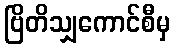
ဗြိတိသျှကောင်စီမှ